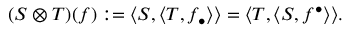
( S \otimes T ) ( f ) : = \langle S , \langle T , f _ { \bullet } \rangle \rangle = \langle T , \langle S , f ^ { \bullet } \rangle \rangle .